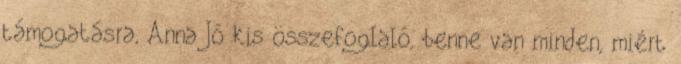
támogatásra, Anna Jó kis összefoglaló, benne van minden, miért